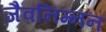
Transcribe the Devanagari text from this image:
जैवनिम्‍नन